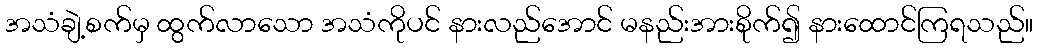
အသံချဲ့စက်မှ ထွက်လာသော အသံကိုပင် နားလည်အောင် မနည်းအားစိုက်၍ နားထောင်ကြရသည်။